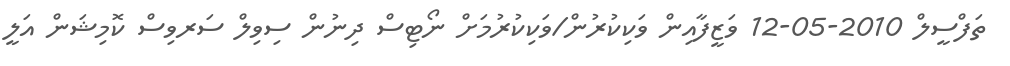
ތަފްސީލް 2010-05-12 ވަޒީފާއިން ވަކިކުރުން/ވަކިކުރުމަށް ނޯޓިސް ދިނުން ސިވިލް ސަރވިސް ކޮމިޝަން އަލީ